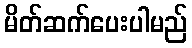
မိတ်ဆက်ပေးပါမည်